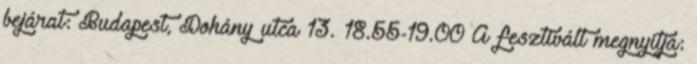
bejárat: Budapest, Dohány utca 13. 18.55-19.00 A fesztivált megnyitja: